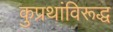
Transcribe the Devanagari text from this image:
कुप्रथांविरूद्ध